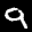
Label: 9